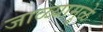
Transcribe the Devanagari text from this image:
जाळ्यामुळे